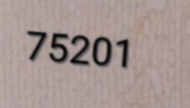
75201